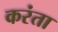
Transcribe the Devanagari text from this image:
करंता